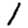
Digit: 1